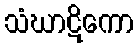
သံဃာဋိကော